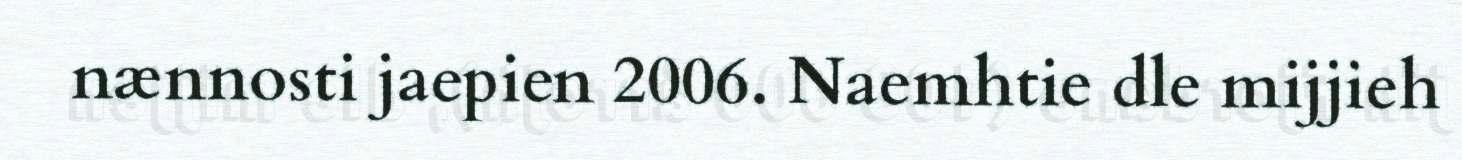
nænnosti jaepien 2006. Naemhtie dle mijjieh